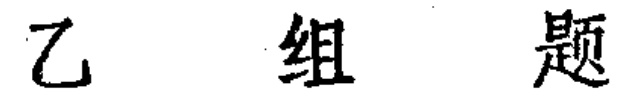
乙 组 题